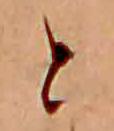
と